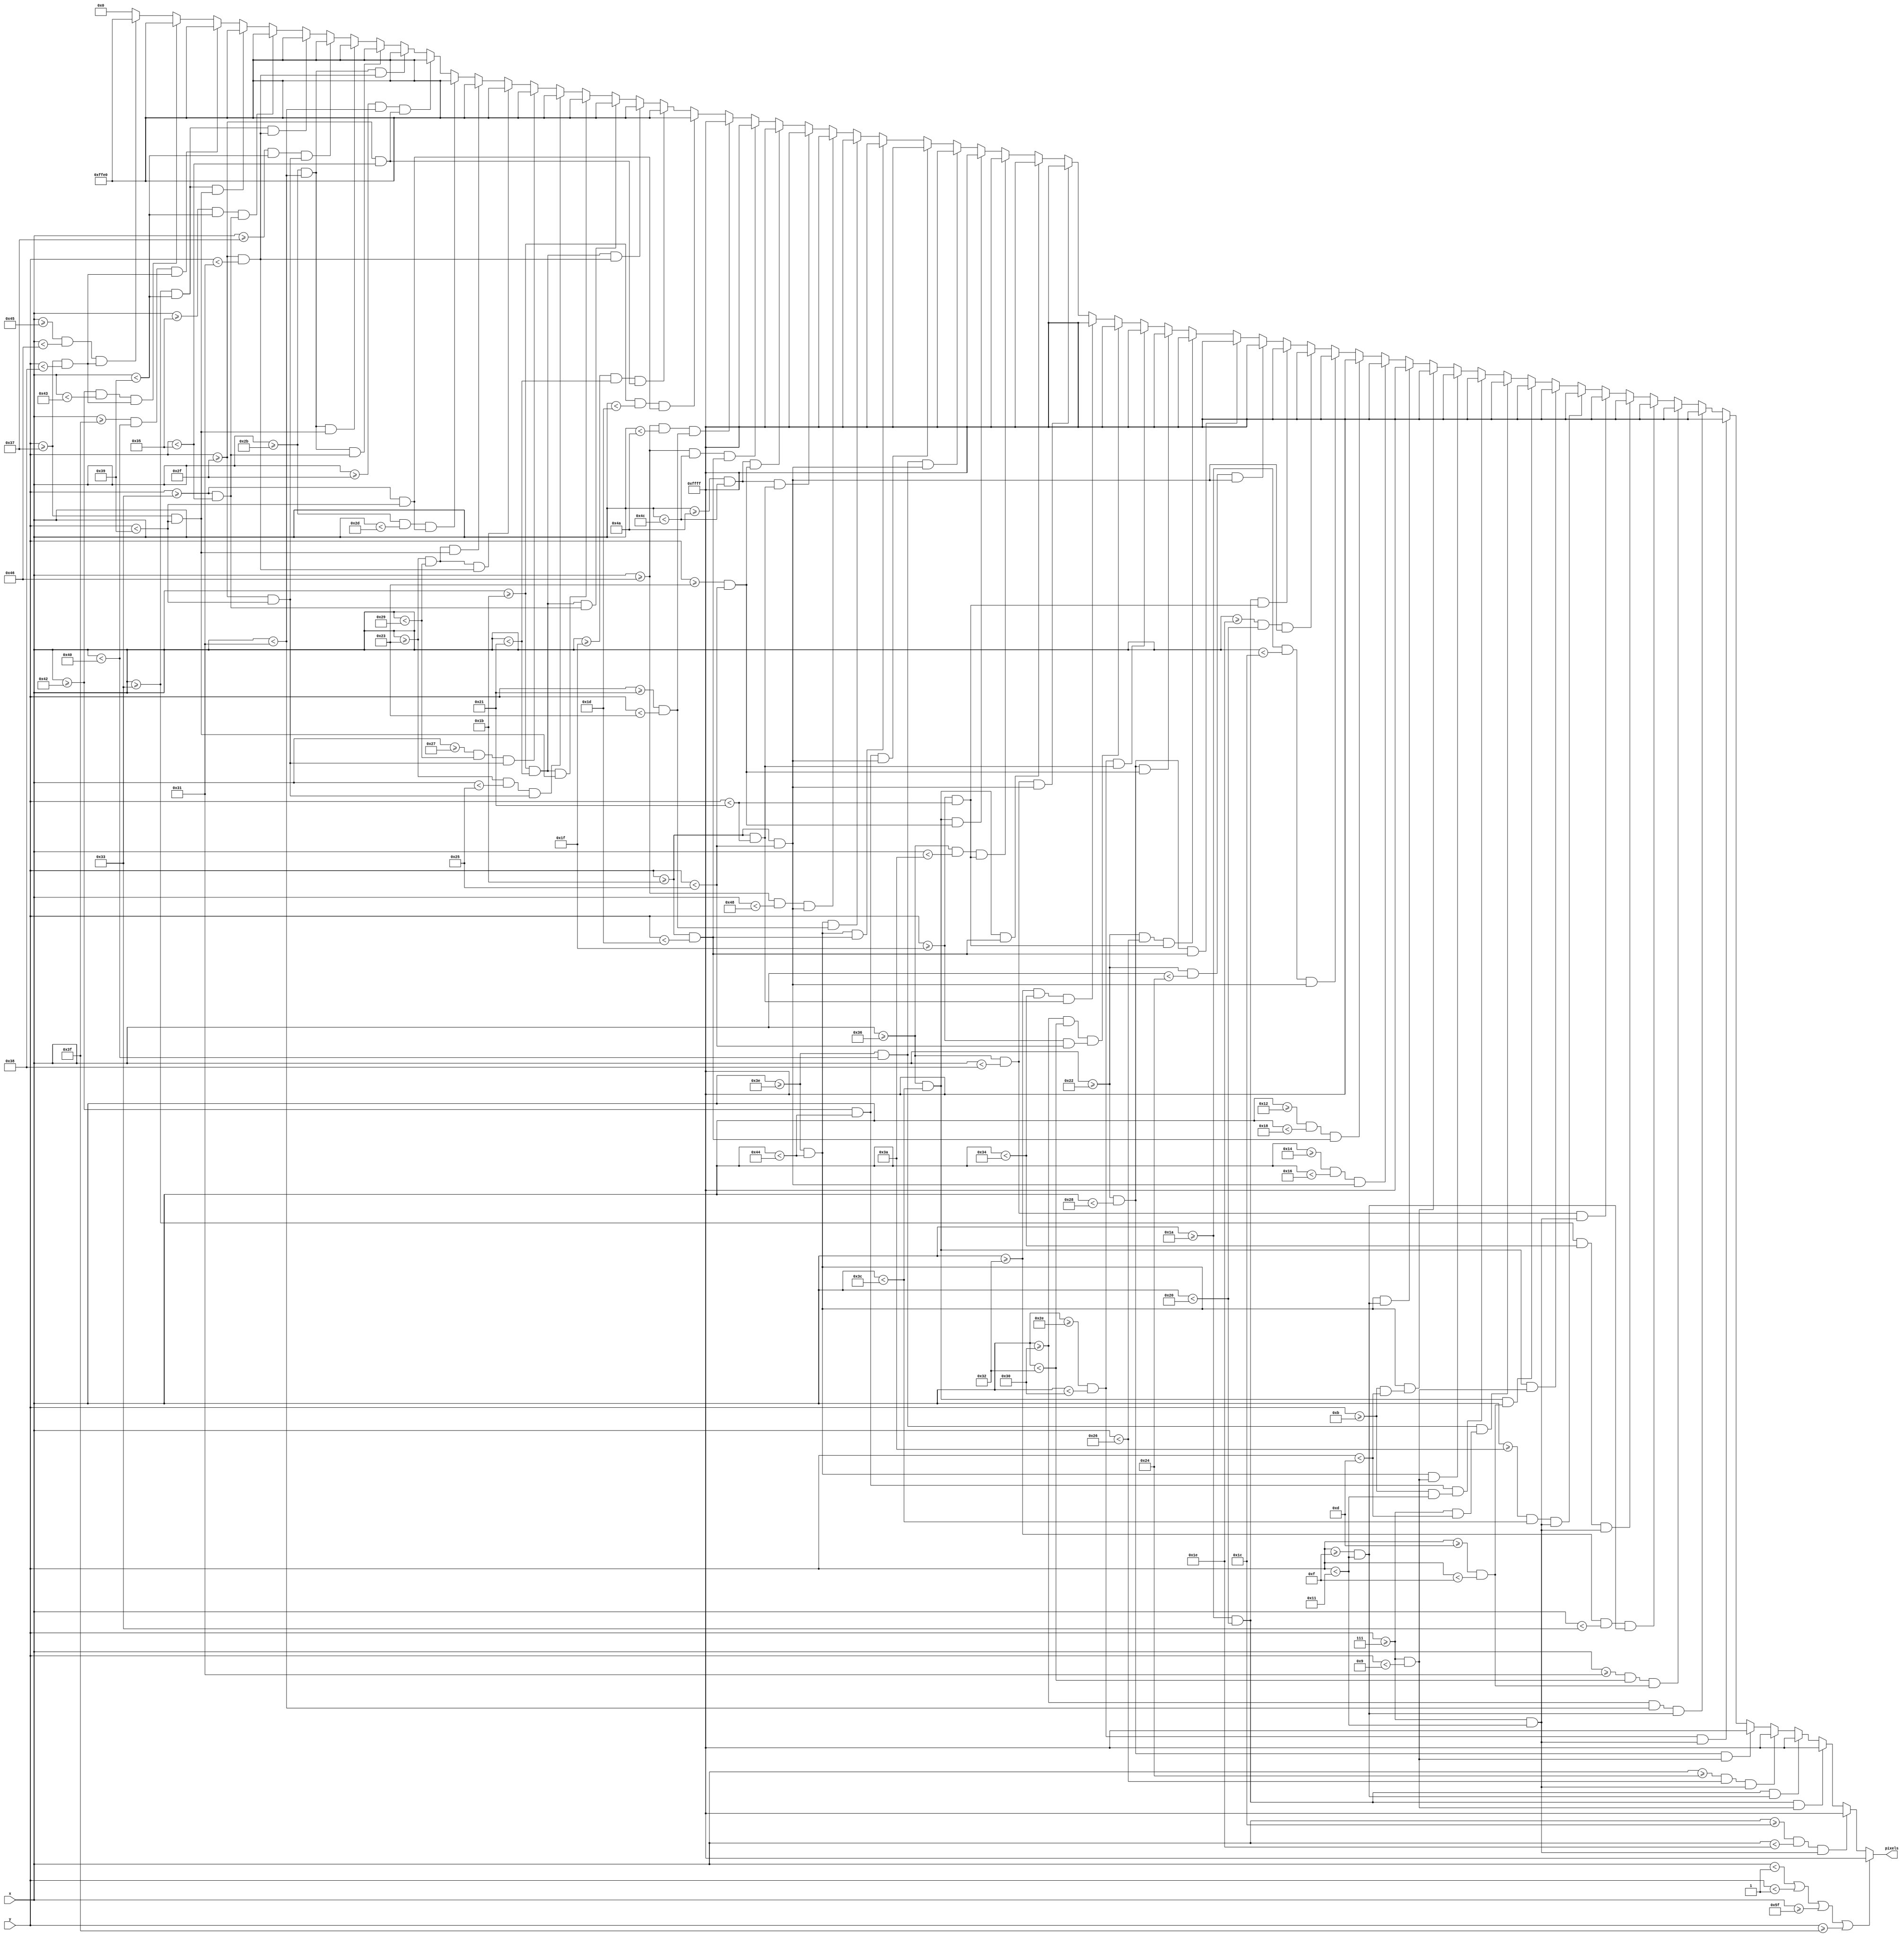
`timescale 1ns / 1ps
//////////////////////////////////////////////////////////////////////////////////
// Company: 
// Engineer: 
// 
// Design Name: 
// Module Name: intro1
// Project Name: 
// Target Devices: 
// Tool Versions: 
// Description: 
// 
// Dependencies: 
// 
// Revision:
// Revision 0.01 - File Created
// Additional Comments:
// 
//////////////////////////////////////////////////////////////////////////////////


// IT WAS THE YEAR 2023...
module intro1(
    input [6:0] x,
    input [5:0] y,
    output reg [15:0] pixels
    );
    
    always @ (*) begin
             if (x < 1 || y < 1 || x >= 95 || y >= 63)                      pixels = 16'hFFFF;

//        Intro1
        else if ((x >= 26+2 && x < 26+4) && (y >= 7 && y < 7+10))           pixels = 16'hFFFF; 
        else if ((x >= 26 && x < 26+6)   && (y >= 7 && y < 7+2))            pixels = 16'hFFFF; 
        else if ((x >= 26 && x < 26+6)   && (y >= 7+8 && y < 7+10))         pixels = 16'hFFFF; 
        else if ((x >= 34+2 && x < 34+4) && (y >= 7 && y < 7+10))           pixels = 16'hFFFF; 
        else if ((x >= 34 && x < 34+6)   && (y >= 7 && y < 7+2))            pixels = 16'hFFFF; 
        else if ((x >= 46 && x < 46+2)   && (y >= 7 && y < 7+10))           pixels = 16'hFFFF; 
        else if ((x >= 46+2 && x < 46+3) && (y >= 7+8 && y < 7+10))         pixels = 16'hFFFF; 
        else if ((x >= 46+3 && x < 46+4) && (y >= 7+6 && y < 7+8))          pixels = 16'hFFFF; 
        else if ((x >= 46+4 && x < 46+5) && (y >= 7+8 && y < 7+10))         pixels = 16'hFFFF; 
        else if ((x >= 46+5 && x < 46+6) && (y >= 7 && y < 7+10))           pixels = 16'hFFFF; 
        else if ((x >= 54 && x < 54+2)   && (y >= 7 && y < 7+10))           pixels = 16'hFFFF; 
        else if ((x >= 54+4 && x < 54+6) && (y >= 7 && y < 7+10))           pixels = 16'hFFFF; 
        else if ((x >= 54 && x < 54+6)   && (y >= 7 && y < 7+2))            pixels = 16'hFFFF; 
        else if ((x >= 54 && x < 54+6)   && (y >= 7+6 && y < 7+8))          pixels = 16'hFFFF; 
        else if ((x >= 62 && x < 62+2)   && (y >= 7 && y < 7+6))            pixels = 16'hFFFF; 
        else if ((x >= 62+4 && x < 62+6) && (y >= 7+4 && y < 7+10))         pixels = 16'hFFFF; 
        else if ((x >= 62 && x < 62+6)   && (y >= 7 && y < 7+2))            pixels = 16'hFFFF; 
        else if ((x >= 62 && x < 62+6)   && (y >= 7+4 && y < 7+6))          pixels = 16'hFFFF; 
        else if ((x >= 62 && x < 62+6)   && (y >= 7+8 && y < 7+10))         pixels = 16'hFFFF; 
        else if ((x >= 18+2 && x < 18+4) && (y >= 27 && y < 27+10))         pixels = 16'hFFFF; 
        else if ((x >= 18 && x < 18+6)   && (y >= 27 && y < 27+2))          pixels = 16'hFFFF; 
        else if ((x >= 26 && x < 26+2)   && (y >= 27 && y < 27+10))         pixels = 16'hFFFF; 
        else if ((x >= 26+4 && x < 26+6) && (y >= 27 && y < 27+10))         pixels = 16'hFFFF; 
        else if ((x >= 26 && x < 26+6)   && (y >= 27+4 && y < 27+6))        pixels = 16'hFFFF; 
        else if ((x >= 34 && x < 34+2)   && (y >= 27 && y < 27+10))         pixels = 16'hFFFF; 
        else if ((x >= 34 && x < 34+6)   && (y >= 27 && y < 27+2))          pixels = 16'hFFFF; 
        else if ((x >= 34 && x < 34+4)   && (y >= 27+4 && y < 27+6))        pixels = 16'hFFFF; 
        else if ((x >= 34 && x < 34+6)   && (y >= 27+8 && y < 27+10))       pixels = 16'hFFFF; 
        else if ((x >= 46   && x < 46+2) && (y >= 27   && y < 27+6))        pixels = 16'hFFFF; 
        else if ((x >= 46+2 && x < 46+4) && (y >= 27+4 && y < 27+10))       pixels = 16'hFFFF; 
        else if ((x >= 46+4 && x < 46+6) && (y >= 27   && y < 27+6))        pixels = 16'hFFFF; 
        else if ((x >= 54 && x < 54+2)   && (y >= 27 && y < 27+10))         pixels = 16'hFFFF; 
        else if ((x >= 54 && x < 54+6)   && (y >= 27 && y < 27+2))          pixels = 16'hFFFF; 
        else if ((x >= 54 && x < 54+4)   && (y >= 27+4 && y < 27+6))        pixels = 16'hFFFF; 
        else if ((x >= 54 && x < 54+6)   && (y >= 27+8 && y < 27+10))       pixels = 16'hFFFF; 
        else if ((x >= 62 && x < 62+2)   && (y >= 27 && y < 27+10))         pixels = 16'hFFFF; 
        else if ((x >= 62+4 && x < 62+6) && (y >= 27 && y < 27+10))         pixels = 16'hFFFF; 
        else if ((x >= 62 && x < 62+6)   && (y >= 27 && y < 27+2))          pixels = 16'hFFFF; 
        else if ((x >= 62 && x < 62+6)   && (y >= 27+6 && y < 27+8))        pixels = 16'hFFFF; 
        else if ((x >= 70 && x < 70+2)   && (y >= 27 && y < 27+10))         pixels = 16'hFFFF; 
        else if ((x >= 70+4 && x < 70+6) && (y >= 27 && y < 27+6))          pixels = 16'hFFFF; 
        else if ((x >= 70+4 && x < 70+6) && (y >= 27+8 && y < 27+10))       pixels = 16'hFFFF; 
        else if ((x >= 70 && x < 70+6)   && (y >= 27 && y < 27+2))          pixels = 16'hFFFF; 
        else if ((x >= 70 && x < 70+4)   && (y >= 27+6 && y < 27+8))        pixels = 16'hFFFF; 
        else if ((x >= 27   && x < 27+2) && (y >= 47+4 && y < 47+10))       pixels = 16'hFFE0;  
        else if ((x >= 27+4 && x < 27+6) && (y >= 47   && y < 47+6))        pixels = 16'hFFE0;
        else if ((x >= 27   && x < 27+6) && (y >= 47   && y < 47+2))        pixels = 16'hFFE0;  
        else if ((x >= 27   && x < 27+6) && (y >= 47+4 && y < 47+6))        pixels = 16'hFFE0;  
        else if ((x >= 27   && x < 27+6) && (y >= 47+8 && y < 47+10))       pixels = 16'hFFE0;  
        else if ((x >= 35   && x < 35+2)   && (y >= 47   && y < 47+10))     pixels = 16'hFFE0;  
        else if ((x >= 35+4 && x < 35+6)   && (y >= 47   && y < 47+10))     pixels = 16'hFFE0;  
        else if ((x >= 35   && x < 35+6)   && (y >= 47   && y < 47+2))      pixels = 16'hFFE0;  
        else if ((x >= 35   && x < 35+6)   && (y >= 47+8 && y < 47+10))     pixels = 16'hFFE0;  
        else if ((x >= 43   && x < 43+2) && (y >= 47+4 && y < 47+10))       pixels = 16'hFFE0;  
        else if ((x >= 43+4 && x < 43+6) && (y >= 47   && y < 47+6))        pixels = 16'hFFE0;  
        else if ((x >= 43   && x < 43+6) && (y >= 47   && y < 47+2))        pixels = 16'hFFE0;  
        else if ((x >= 43   && x < 43+6) && (y >= 47+4 && y < 47+6))        pixels = 16'hFFE0;  
        else if ((x >= 43   && x < 43+6) && (y >= 47+8 && y < 47+10))       pixels = 16'hFFE0;  
        else if ((x >= 51+4 && x < 51+6) && (y >= 47   && y < 47+10))       pixels = 16'hFFE0;  
        else if ((x >= 51   && x < 51+6) && (y >= 47   && y < 47+2))        pixels = 16'hFFE0;  
        else if ((x >= 51+2 && x < 51+6) && (y >= 47+4 && y < 47+6))        pixels = 16'hFFE0;  
        else if ((x >= 51   && x < 51+6) && (y >= 47+8 && y < 47+10))       pixels = 16'hFFE0;  
        else if ((x >= 63   && x < 63+1) && (y >= 55   && y < 55+1))        pixels = 16'hFFE0;  
        else if ((x >= 66   && x < 66+1) && (y >= 55   && y < 55+1))        pixels = 16'hFFE0;  
        else if ((x >= 69   && x < 69+1) && (y >= 55   && y < 55+1))        pixels = 16'hFFE0;
        
        else pixels = 16'h0000;
    end

endmodule